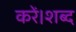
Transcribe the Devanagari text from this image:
करें।शब्द